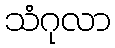
သံဂုလာ